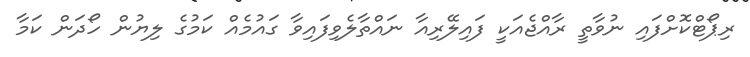
ރިޕޯޓްކޮށްފައި ނުވާތީ ރާއްޖެއަކީ ފައިލޭރިއާ ނައްތާލެވިފައިވާ ގައުމެއް ކަމުގެ ލިޔުން ހޯދަން ކަމާ